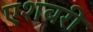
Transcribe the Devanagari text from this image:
एशबरी